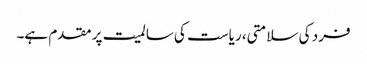
فرد کی سلامتی، ریاست کی سالمیت پر مقدم ہے۔